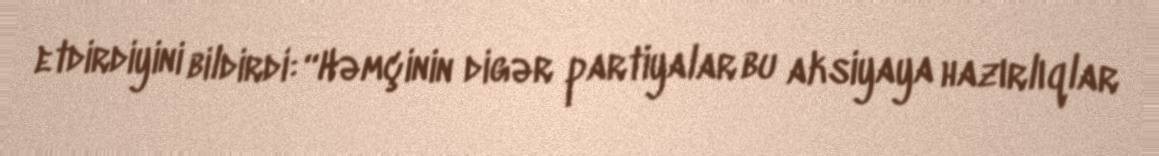
etdirdiyini bildirdi: “Həmçinin digər partiyalar bu aksiyaya hazırlıqlar